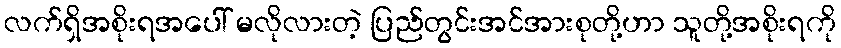
လက်ရှိအစိုးရအပေါ် မလိုလားတဲ့ ပြည်တွင်းအင်အားစုတို့ဟာ သူတို့အစိုးရကို